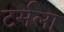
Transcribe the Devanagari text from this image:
टर्मला